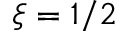
\xi = 1 / 2